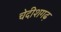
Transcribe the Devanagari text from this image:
चेदीशगढ़